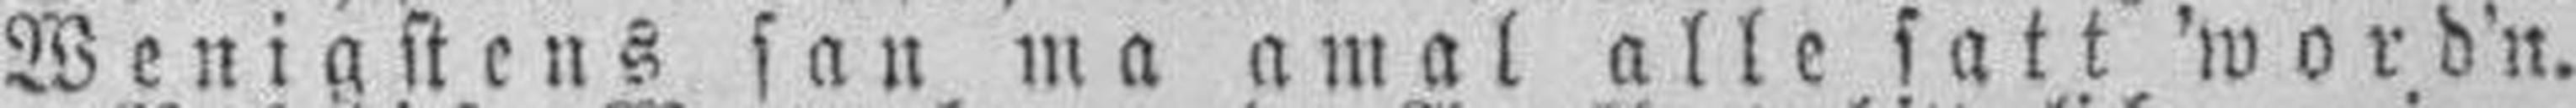
Wenigstens san ma amal alle satt 'word'n.